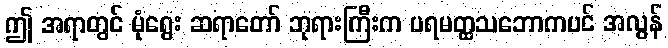
ဤ အရာတွင် မုံရွေး ဆရာတော် ဘုရားကြီးက ပရမတ္ထသဘောကပင် အလွန်